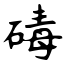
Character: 碡